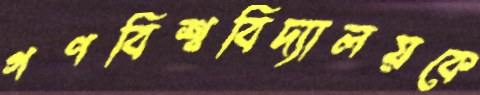
গণবিশ্ববিদ্যালয়কে